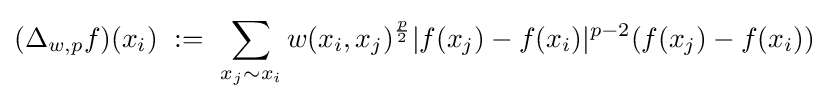
(\Delta _{w,p}f)(x_{i})\ :=\ \sum _{x_{j}\sim x_{i}}w(x_{i},x_{j})^{\frac {p}{2}}|f(x_{j})-f(x_{i})|^{p-2}(f(x_{j})-f(x_{i}))